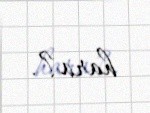
hara?.